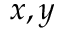
x , y